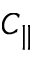
C _ { \parallel }